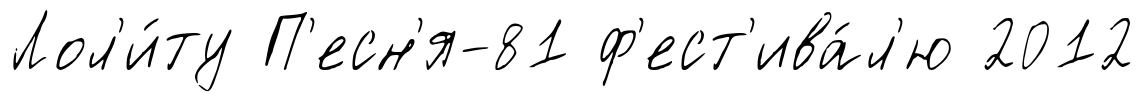
Лол'и́ту П'есн'я-81 ф'ест'ива́л'ю 2012